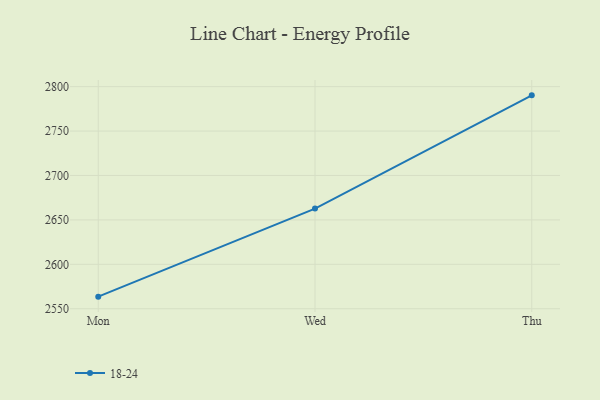
{"axis": {"x": "Day", "y": "Active Users"}, "legend": ["18-24"], "data": [{"x": "Mon", "y": 2563.6, "type": "18-24"}, {"x": "Wed", "y": 2662.7, "type": "18-24"}, {"x": "Thu", "y": 2790.2, "type": "18-24"}]}